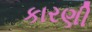
કારણી